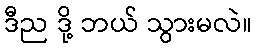
ဒီည ဒို့ ဘယ် သွားမလဲ။